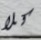
كلا